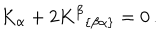
\; \; K _ { \alpha } + 2 K ^ { \beta } { } _ { \left\{ \beta \alpha \right\} } = 0 \, .